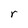
Character: r